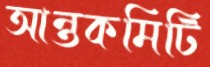
আন্তকমিটি